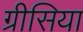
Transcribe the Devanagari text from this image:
ग्रीसिया